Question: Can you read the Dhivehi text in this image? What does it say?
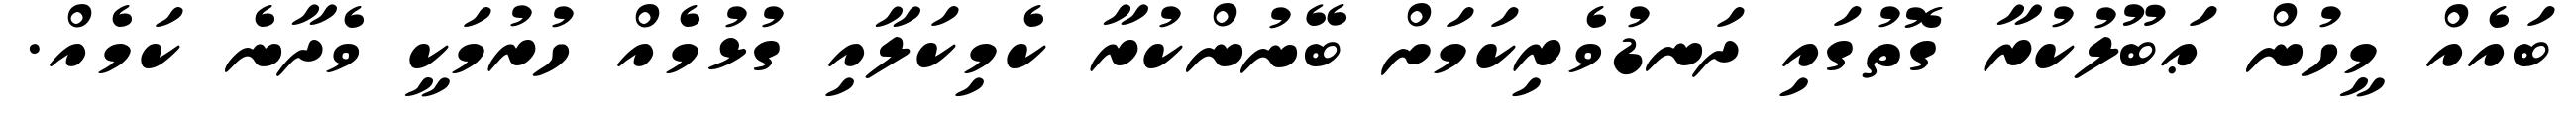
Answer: ބައެއް މީހުން ޢަބޫލުކުރާ ގޮތުގައި ދަނޑުވެރިކަމަށް ބޭނުންކުރާ ކެމިކަލާއި ގުޅުމެއް ހުރުމަކީ ވެދާނެ ކަމެއް.